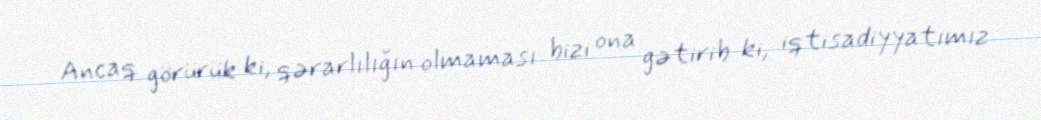
Ancaq görürük ki, qərarlılığın olmaması bizi ona gətirib ki, iqtisadiyyatımız